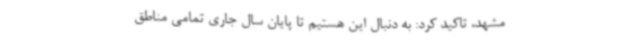
مشهد، تاکید کرد: به دنبال این هستیم تا پایان سال جاری تمامی مناطق